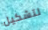
لتشكيل